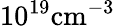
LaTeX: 10^{19}\mathrm{cm}^{-3}